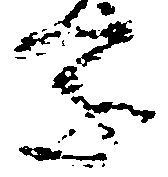
家